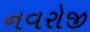
નવરોજી